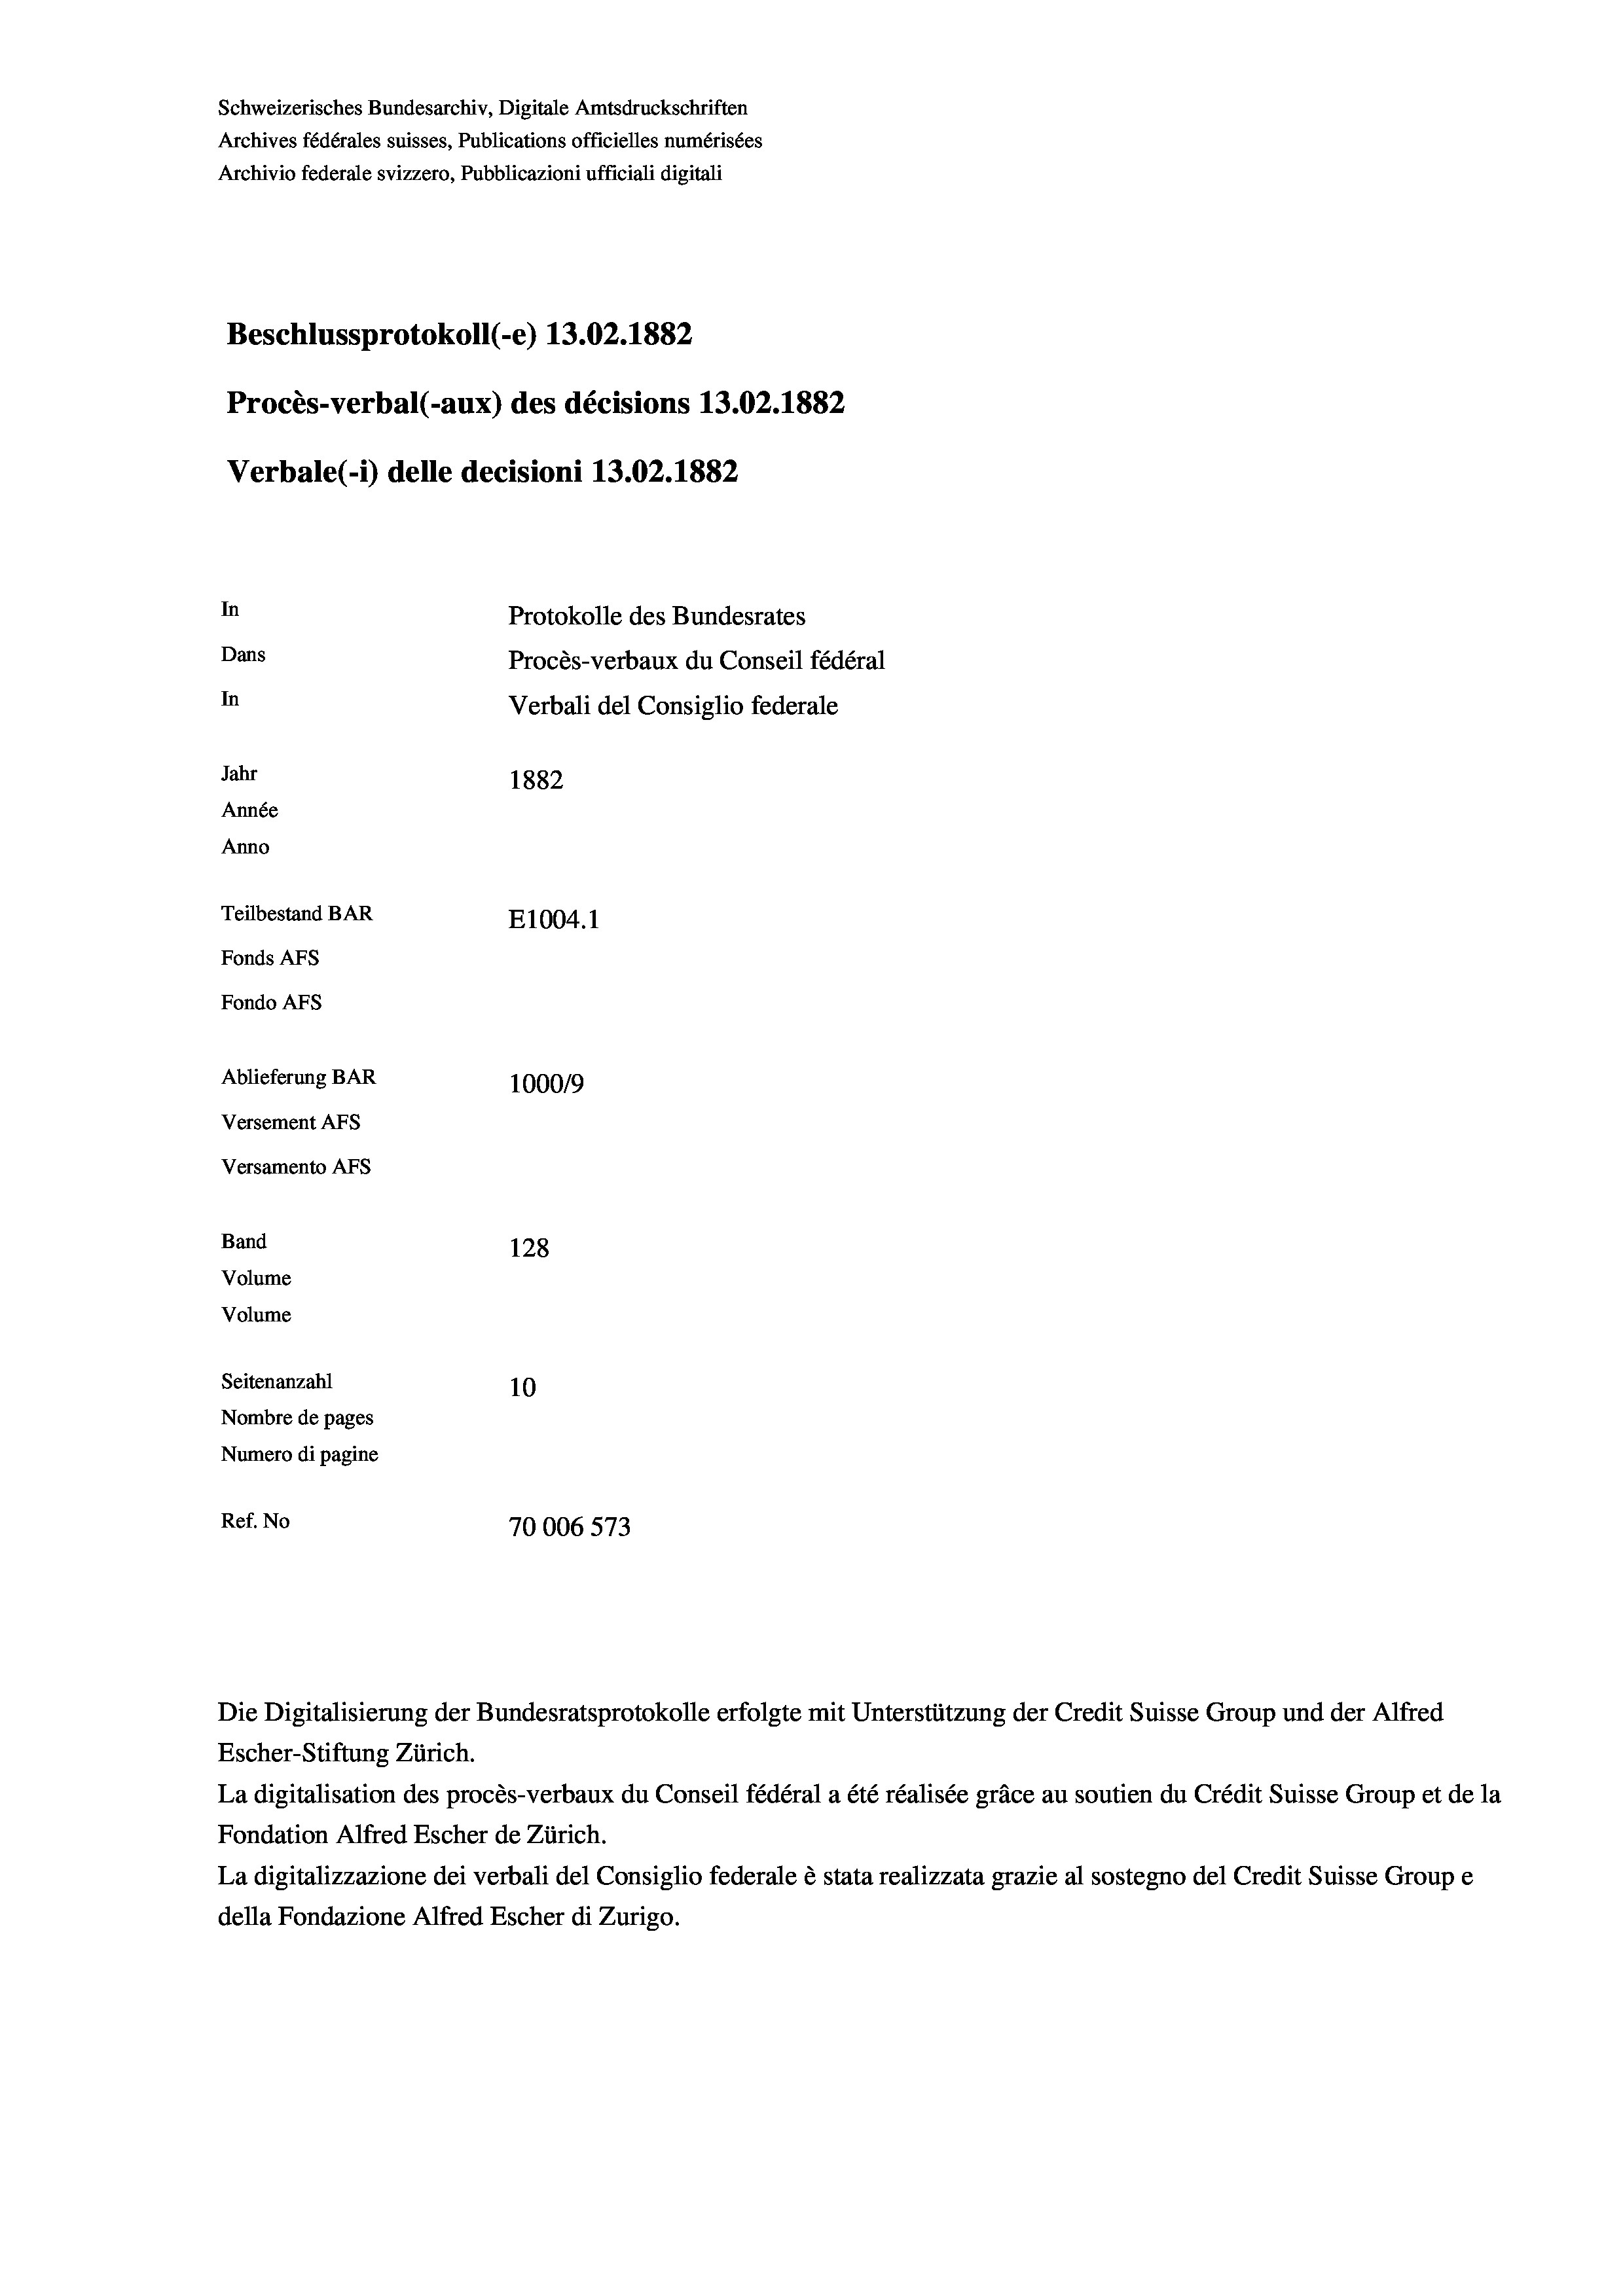
Schweizerisches Bundesarchiv, Digitale Amtsdruckschriften
Archives fédérales suisses, Publications officielles numérisées
Archivio federale svizzero, Pubblicazioni ufficiali digitali
Beschlussprotokoll (-e) 13.02. 1882
Procès-verbal (-aux) des décisions 13.02.1882
Verbale (- 1) delle decisioni 13.02. 1882
In
Protokolle des Bundesrates
Dans
Procès-verbaux du Conseil fédéral
In
Jahr
1882
Année
Anno
Teilbestand BAR
E1004.1
Fonds Afs
Fondo AFs
Ablieferung BAR
1000/9
Versement Abs
Versamento Afs
Band
128
Volume
Volume
Seitenanzahl
10
Nombre de pages
Numero di pagine
Ref. No
70006573

Verbali del Consiglio federale

Escher-Stiftung Zürich.
La digitalisation des procès-verbaux du Conseil fédéral a été réalisée gräce au soutien du Crédit Suisse Group et de la
Fondation Alfred Escher de Zürich.
La digitalizzazione dei verbali del Consiglio federale è stata realizzata grazie al sostegno del Credit Suisse Groupe
della Fondazione Alfred Escher di Zurigo.

Die Digitalisierung der Bundesratsprotokolle erfolgte mit Unterstützung der Credit Suisse Group und der Alfred